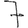
Digit: 7